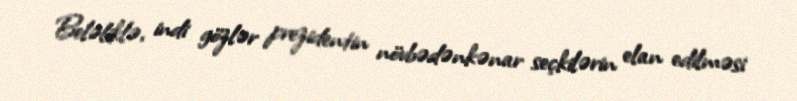
Beləliklə, indi gözlər prezidentin növbədənkənar seçkilərin elan edilməsi